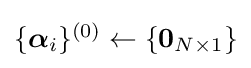
{\textstyle \{{\boldsymbol {\alpha }}_{i}\}^{(0)}\gets \{\mathbf {0} _{N\times 1}\}}